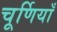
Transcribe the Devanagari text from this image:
चूर्णियाँ